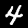
Digit: 4